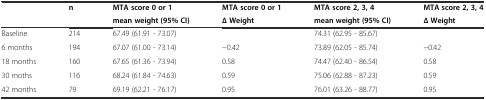
<table><thead><tr><td rowspan="2"></td><td rowspan="2"><b>n</b></td><td><b>MTA score 0 or 1</b></td><td><b>MTA score 0 or 1</b></td><td><b>MTA score 2, 3, 4</b></td><td><b>MTA score 2, 3, 4</b></td></tr><tr><td><b>mean weight (95% CI)</b></td><td><b>∆ Weight</b></td><td><b>mean weight (95% CI)</b></td><td><b>∆ Weight</b></td></tr></thead><tbody><tr><td>Baseline</td><td>214</td><td>67.49 (61.91 - 73.07)</td><td></td><td>74.31 (62.95 - 85.67)</td><td></td></tr><tr><td>6 months</td><td>194</td><td>67.07 (61.00 - 73.14)</td><td>−0.42</td><td>73.89 (62.05 - 85.74)</td><td>−0.42</td></tr><tr><td>18 months</td><td>160</td><td>67.65 (61.36 - 73.94)</td><td>0.58</td><td>74.47 (62.40 - 86.54)</td><td>0.58</td></tr><tr><td>30 moths</td><td>116</td><td>68.24 (61.84 - 74.63)</td><td>0.59</td><td>75.06 (62.88 - 87.23)</td><td>0.59</td></tr><tr><td>42 months</td><td>79</td><td>69.19 (62.21 - 76.17)</td><td>0.95</td><td>76.01 (63.26 - 88.77)</td><td>0.95</td></tr></tbody></table>